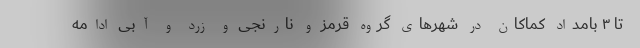
تا ۳ بامداد کماکان در شهرهای گروه قرمز و نارنجی و زرد و آبی ادامه